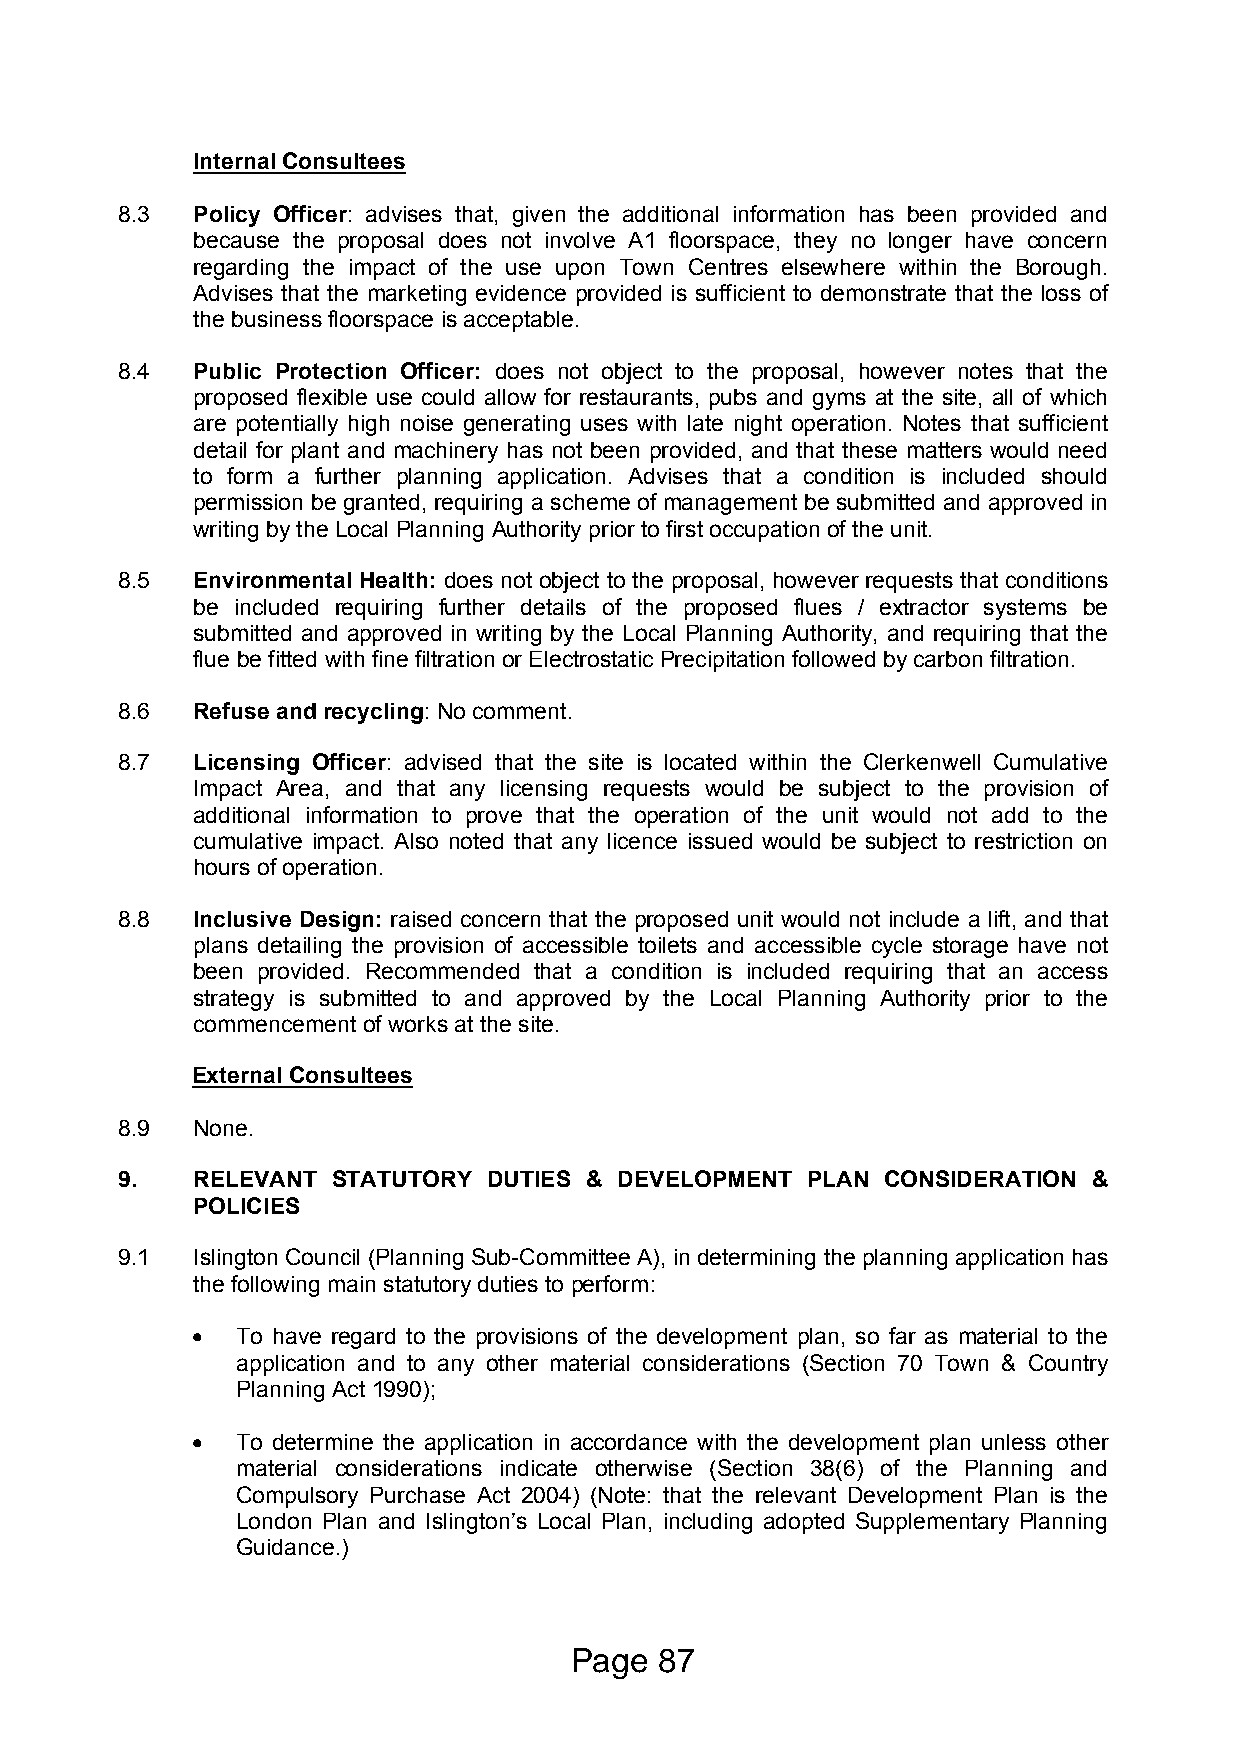
Internal Consultees
 8.3  Policy Officer: advises that, given the additional information has been provided and
 because the proposal does not involve A1 floorspace, they no longer have concern
 regarding the impact of the use upon Town Centres elsewhere within the Borough.
 Advises that the marketing evidence provided is sufficient to demonstrate that the loss of
 the business floorspace is acceptable.
 8.4  Public Protection Officer: does not object to the proposal, however notes that the
 proposed flexible use could allow for restaurants, pubs and gyms at the site, all of which
 are potentially high noise generating uses with late night operation. Notes that sufficient
 detail for plant and machinery has not been provided, and that these matters would need
 to form a further planning application. Advises that a condition is included should
 permission be granted, requiring a scheme of management be submitted and approved in
 writing by the Local Planning Authority prior to first occupation of the unit.
 8.5  Environmental Health: does not object to the proposal, however requests that conditions
 be included requiring further details of the proposed flues / extractor systems be
 submitted and approved in writing by the Local Planning Authority, and requiring that the
 flue be fitted with fine filtration or Electrostatic Precipitation followed by carbon filtration.
 8.6  Refuse and recycling: No comment.
 8.7  Licensing Officer: advised that the site is located within the Clerkenwell Cumulative
 Impact Area, and that any licensing requests would be subject to the provision of
 additional information to prove that the operation of the unit would not add to the
 cumulative impact. Also noted that any licence issued would be subject to restriction on
 hours of operation.
 8.8  Inclusive Design: raised concern that the proposed unit would not include a lift, and that
 plans detailing the provision of accessible toilets and accessible cycle storage have not
 been provided. Recommended that a condition is included requiring that an access
 strategy is submitted to and approved by the Local Planning Authority prior to the
 commencement of works at the site.
 External Consultees
 8.9  None.
 9.   RELEVANT STATUTORY DUTIES & DEVELOPMENT PLAN  CONSIDERATION &
 POLICIES
 9.1  Islington Council (Planning Sub-Committee A), in determining the planning application has
 the following main statutory duties to perform:
   To have regard to the provisions of the development plan, so far as material to the
 application and to any other material considerations (Section 70 Town & Country
 Planning Act 1990);
   To determine the application in accordance with the development plan unless other
 material considerations indicate otherwise (Section 38(6) of the Planning and
 Compulsory Purchase Act 2004) (Note: that the relevant Development Plan is the
 London Plan and Islington’s Local Plan, including adopted Supplementary Planning
 Guidance.)
 Page  87